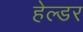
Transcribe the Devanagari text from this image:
हेल्डर